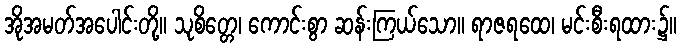
အိုအမတ်အပေါင်းတို့။ သုစိတ္တေ၊ ကောင်းစွာ ဆန်းကြယ်သော။ ရာဇရထေ၊ မင်းစီးရထား၌။